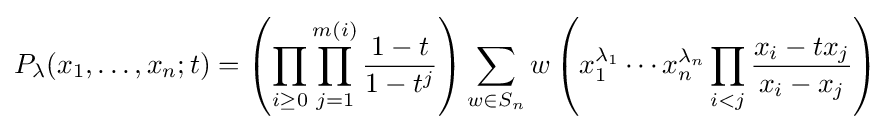
P_{\lambda }(x_{1},\ldots ,x_{n};t)=\left(\prod _{i\geq 0}\prod _{j=1}^{m(i)}{\frac {1-t}{1-t^{j}}}\right){\sum _{w\in S_{n}}w\left(x_{1}^{\lambda _{1}}\cdots x_{n}^{\lambda _{n}}\prod _{i<j}{\frac {x_{i}-tx_{j}}{x_{i}-x_{j}}}\right)}